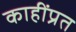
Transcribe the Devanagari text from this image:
काहींप्रत